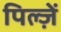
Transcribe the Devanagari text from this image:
पिल्ज़ें